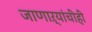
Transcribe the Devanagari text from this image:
जाणाऱ्यांचीही